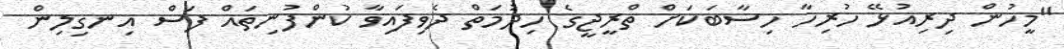
"މީހުން ދިރިއުޅޭ ހުރިހާ ހިސާބަކަށް ތްރީޖީގެ ހިދުމަތް ދެވިފައިވާ ކުންފުނިތައް ފަސް އިނގިލިން